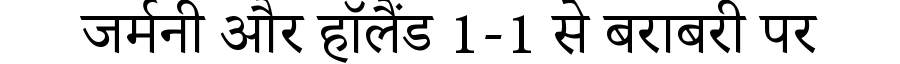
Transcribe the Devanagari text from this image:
जर्मनी और हॉलैंड 1-1 से बराबरी पर